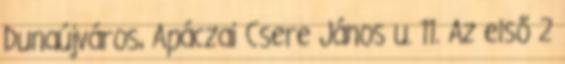
Dunaújváros, Apáczai Csere János u. 11. Az első 2